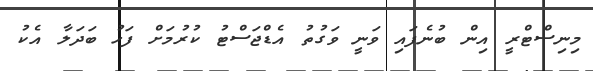
މިނިސްޓްރީ އިން ބުނެފައި ވަނީ ވަގުތު އެޑްޖަސްޓު ކުރުމަށް ފަހު ބަދަލާ އެކު